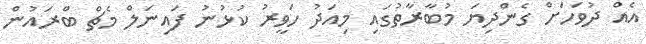
އެއް ދުވަހަށް ގެންދިޔަ މުބާރާތުގައި މިއަދު ހަވީރު ކުޅުނު ފައިނަލް މެޗް ބްރައުން